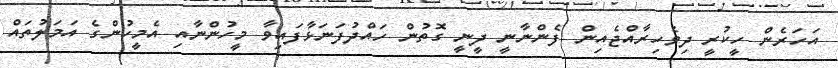
އަހަރެން ހީކުރީ ދިވެހިރާއްޖެއިން ފެންނާނީ ދީނީ ގޮތުން ހައްދުފަނަޅާފައިވާ މީހުންނާއި އެމީހުންގެ އަމަލުތައް